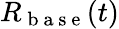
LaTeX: R_{\mathrm{~b~a~s~e~}}(t)